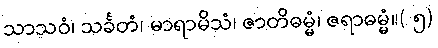
သာသဝံ၊ သင်္ခတံ၊ မာရာမိသံ၊ ဇာတိဓမ္မံ၊ ဇရာဓမ္မံ။( ၅)